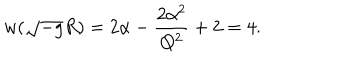
w ( \sqrt { - g } R ) = 2 \alpha - { \frac { 2 \alpha ^ { 2 } } { Q ^ { 2 } } } + 2 = 4 .